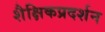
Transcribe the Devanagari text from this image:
शैक्षिकप्रदर्शन